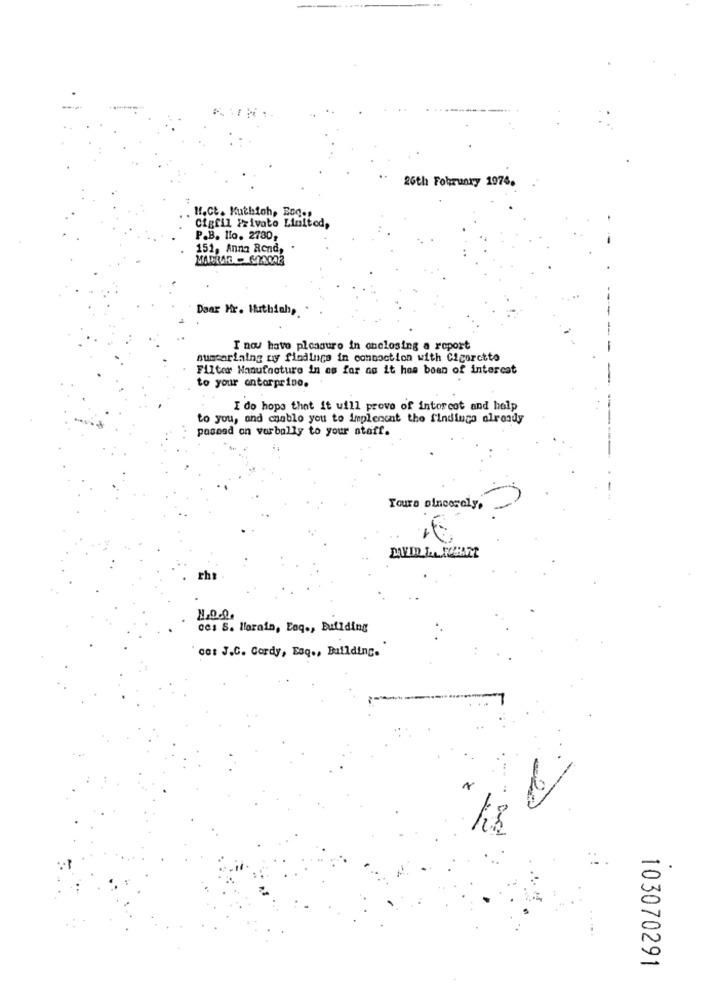
26th February 1976,
Hf.ct. Kuthioh, Bodes
Cigfil Privato Limited,
P.B. Ho. 2730,
151, Anna Rend,
Daar Hr. Huthich,
I nos have pleasure in onelosing a report
sumcarining ty findings in connection with Cigarette
Filter Manufacture In as for ao it has been of interest
to your antarprino.
I do hope that it will prove of intorcot and help
to you, and chablo you to implement the findings already
pasmad on varbally to your atatt.
Yours sincerely,
rh
ces S. Harain, Eaq ., Building
cat J.C. Cordy, Esq ., Building.
-2
103070291